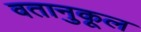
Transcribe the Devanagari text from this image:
वतानुकूल